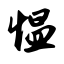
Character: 愠